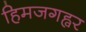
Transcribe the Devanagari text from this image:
हिमजगह्वर